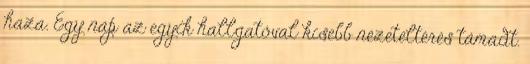
haza. Egy nap az egyik hallgatóval kisebb nézeteltérés támadt.